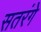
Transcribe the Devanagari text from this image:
सतरंगे